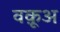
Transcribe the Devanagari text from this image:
वक़ूअ